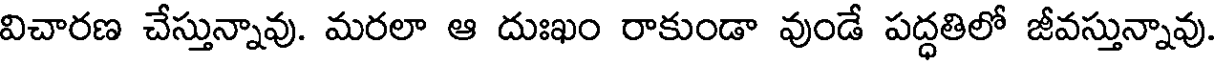
విచారణ చేస్తున్నావు. మరలా ఆ దుఃఖం రాకుండా వుండే పద్ధతిలో జీవస్తున్నావు.